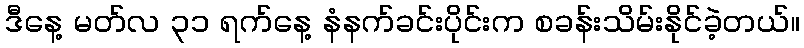
ဒီနေ့ မတ်လ ၃၁ ရက်နေ့ နံနက်ခင်းပိုင်းက စခန်းသိမ်းနိုင်ခဲ့တယ်။